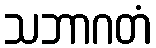
သဘာဂတံ